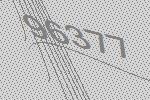
96377